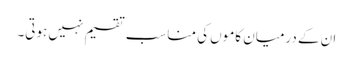
ان کے درمیان کاموں کی مناسب تقسیم نہیں ہوتی۔